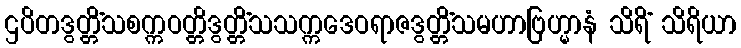
ဌပိတဒွတ္တိံသစက္ကဝတ္တိဒွတ္တိံသသက္ကဒေဝရာဇဒွတ္တိံသမဟာဗြဟ္မာနံ သိရိံ သိရိယာ